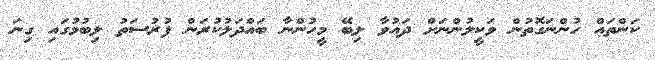
ކަންތައް ހުންނަގޮތުން ވަކީލުންނަށް ދައުވާ ލިބޭ މީހުންނާ ބައްދަލުކުރަން ފުރުސަތު ލިބުމުގައި ގިނަ